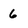
Character: 6